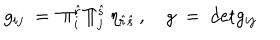
g _ { i j } \; = \; \Pi _ { i } ^ { \hat { r } } \Pi _ { j } ^ { \hat { s } } \, \eta _ { \hat { r } \hat { s } } \, , \quad g \; = \; \mathrm { d e t } g _ { i j }